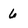
Character: 6